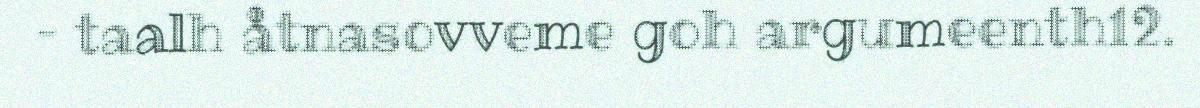
– taalh åtnasovveme goh argumeenth12.